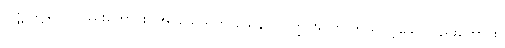
ဝတ္ထုဖြင့်သော်လည်းကောင်း။ အဝသေသကာယေန ဝါ၊ ကြွင်းသော ကိုယ်ဖြင့်သော်လည်းကောင်း။